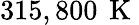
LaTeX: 315,800\, \mathrm{~K~}